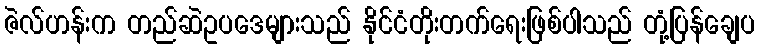
ဇဲလ်ဟန်းက တည်ဆဲဥပဒေများသည် နိုင်ငံတိုးတက်ရေးဖြစ်ပါသည် တုံ့ပြန်ချေပ